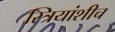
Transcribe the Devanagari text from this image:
स्त्रियांशीच